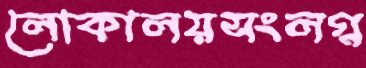
লোকালয়সংলগ্ন